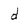
Character: d